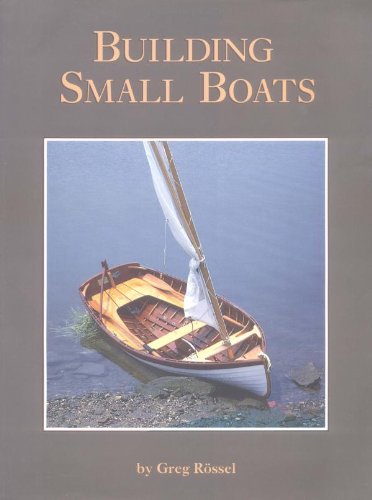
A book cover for Building Small Boats; Greg Rossel; Sports & Outdoors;